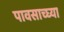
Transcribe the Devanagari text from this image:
पावसाच्घ्या